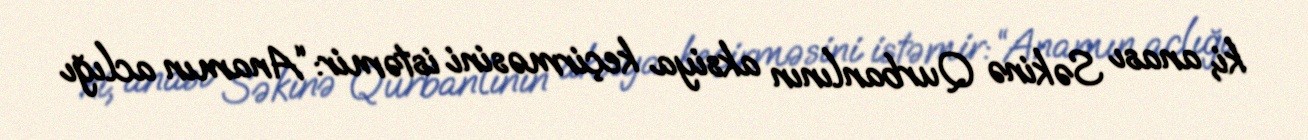
ki, anası Səkinə Qurbanlının aksiya keçirməsini istəmir: “Anamın aclığı